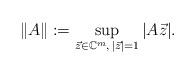
LaTeX: \begin{align*}\|A\|:=\sup_{\vec z\in\mathbb{C}^m,\,|\vec z|=1}|A\vec z|.\end{align*}